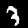
Label: 3